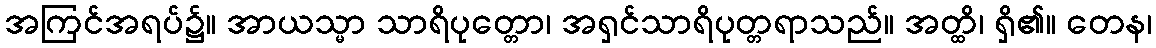
အကြင်အရပ်၌။ အာယသ္မာ သာရိပုတ္တော၊ အရှင်သာရိပုတ္တရာသည်။ အတ္ထိ၊ ရှိ၏။ တေန၊